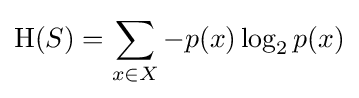
\mathrm {H} {(S)}=\sum _{x\in X}{-p(x)\log _{2}p(x)}